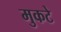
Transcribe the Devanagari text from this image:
मुकटे